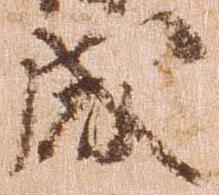
成